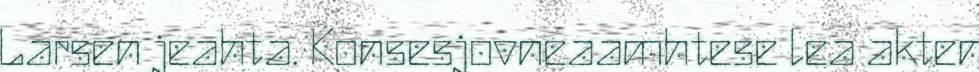
Larsen jeahta. Konsesjovneaamhtese lea akten